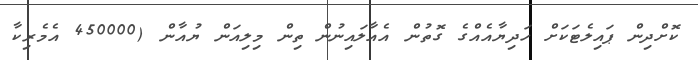
ކޮށްދިން ޕައިލެޓަކަށް ހަދިޔާއެއްގެ ގޮތުން އެއާލައިނުން ތިން މިލިއަން ޔުއާން (450000 އެމެރިކާ